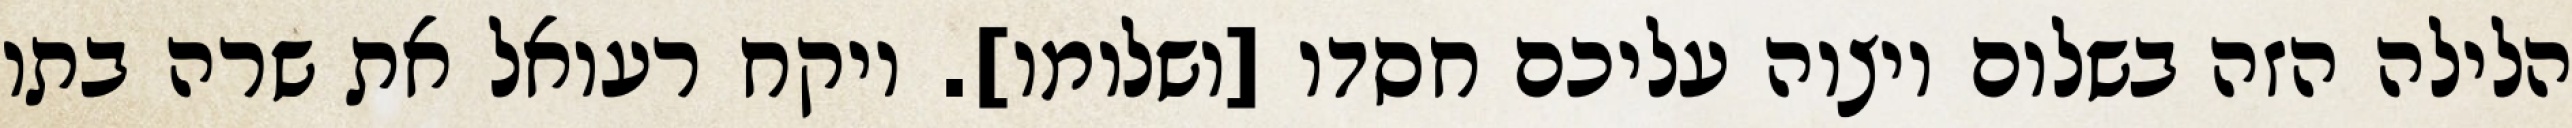
הלילה הזה בשלום ויצוה עליכם חסדו [ושלומו]. ויקח רעואל את שרה בתו